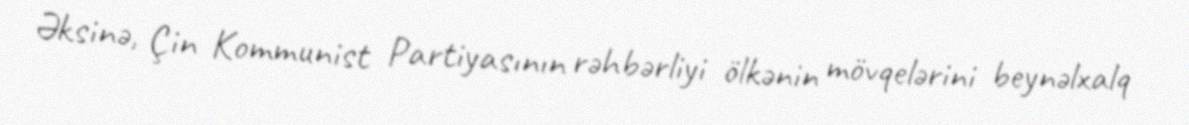
Əksinə, Çin Kommunist Partiyasının rəhbərliyi ölkənin mövqelərini beynəlxalq